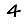
Digit: 4